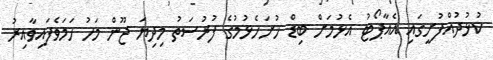
ކުޅުދުއްފުށީގައި އެއާޕޯޓު އެޅުމަށް ބިޑް ހުށަހެޅުމުގެ ފުރުސަތު މިދިޔަ ޖޫން މަހު ހަމަވެފައިވާއިރު